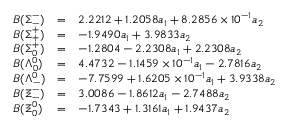
\begin{array} { l c l } { { B ( \Sigma _ { - } ^ { - } ) } } & { { = } } & { { 2 . 2 2 1 2 + 1 . 2 0 5 8 a _ { 1 } + 8 . 2 8 5 6 \times 1 0 ^ { - 1 } a _ { 2 } } } \\ { { B ( \Sigma _ { + } ^ { + } ) } } & { { = } } & { { - 1 . 9 4 9 0 a _ { 1 } + 3 . 9 8 3 3 a _ { 2 } } } \\ { { B ( \Sigma _ { 0 } ^ { + } ) } } & { { = } } & { { - 1 . 2 8 0 4 - 2 . 2 3 0 8 a _ { 1 } + 2 . 2 3 0 8 a _ { 2 } } } \\ { { B ( \Lambda _ { 0 } ^ { 0 } ) } } & { { = } } & { { 4 . 4 7 3 2 - 1 . 1 4 5 9 \times 1 0 ^ { - 1 } a _ { 1 } - 2 . 7 8 1 6 a _ { 2 } } } \\ { { B ( \Lambda _ { - } ^ { 0 } ) } } & { { = } } & { { - 7 . 7 5 9 9 + 1 . 6 2 0 5 \times 1 0 ^ { - 1 } a _ { 1 } + 3 . 9 3 3 8 a _ { 2 } } } \\ { { B ( \Xi _ { - } ^ { - } ) } } & { { = } } & { { 3 . 0 0 8 6 - 1 . 8 6 1 2 a _ { 1 } - 2 . 7 4 8 8 a _ { 2 } } } \\ { { B ( \Xi _ { 0 } ^ { 0 } ) } } & { { = } } & { { - 1 . 7 3 4 3 + 1 . 3 1 6 1 a _ { 1 } + 1 . 9 4 3 7 a _ { 2 } } } \end{array}